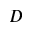
D